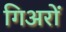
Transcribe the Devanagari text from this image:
गिअरों